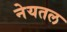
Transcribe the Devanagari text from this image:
नेयतल